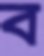
ব